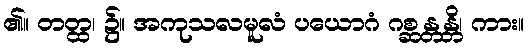
၏။ တတ္ထ၊ ၌။ အကုသလမူလံ ပယောဂံ ဂစ္ဆန္တန္တိ၊ ကား။